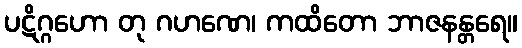
ပဋိဂ္ဂဟော တု ဂဟဏေ၊ ကထိတော ဘာဇနန္တရေ။